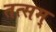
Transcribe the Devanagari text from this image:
तत्सम्